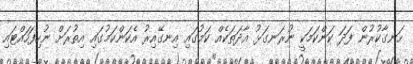
ހަނގާކުރުން ފަދަ ކަންކަމަކީ ނުރަނގަޅު އާދަތަކެއް ކަމުގައި އިނގޭއިރު އެކަންކަމުގައި އިތުރަށް ނުހިފަހައްޓައި